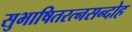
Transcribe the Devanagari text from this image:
सुभाषितरत्नसन्दोह